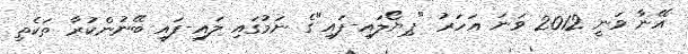
އޭނާ ވަނީ 2012 ވަނަ އަހަރު "ޕިޔޯލައި-ފައި"ގެ ނަމުގައި ލައި-ފައި ބޭނުންކުރާ ތަކެތި